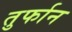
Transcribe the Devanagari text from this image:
तुर्फान